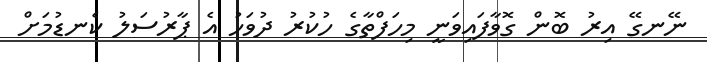
ނޭނގޭ އިރު ބޮން ގޮވާފައިވަނީ މިހަފްތާގެ ހުކުރު ދުވަހު އެ ޕާރުސަލު ކެނޑުމަށް